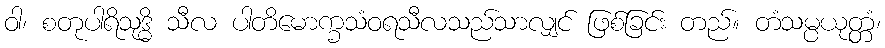
ဝါ၊ စတုပါရိသုဒ္ဓိ သီလ ပါတိမောက္ခသံဝရသီလသည်သာလျှင် ဖြစ်ခြင်း တည်။ တံသမ္ပယုတ္တံ၊